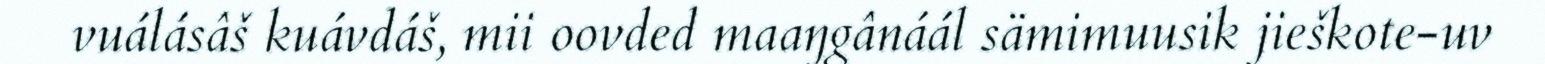
vuálásâš kuávdáš, mii oovded maaŋgânáál sämimuusik jieškote-uv